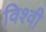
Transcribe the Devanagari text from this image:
विश्वी